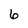
Character: 6